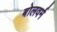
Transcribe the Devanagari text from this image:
बोलवर्म